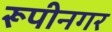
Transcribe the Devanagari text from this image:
रूपीनगर